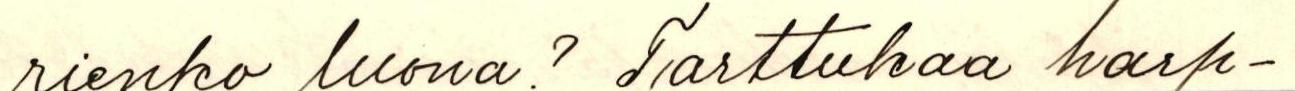
rienko luona? Tarttukaa harp-